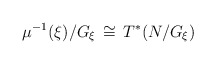
\begin{align*}\mu^{-1}(\xi)/G_\xi\,\cong \,T^*(N/G_\xi)\end{align*}